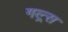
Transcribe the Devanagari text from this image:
गल्र्स